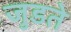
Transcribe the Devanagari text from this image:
जुडते